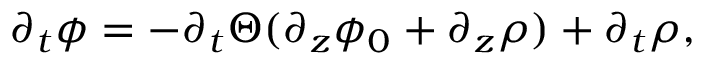
\partial _ { t } \phi = - \partial _ { t } \Theta ( \partial _ { z } \phi _ { 0 } + \partial _ { z } \rho ) + \partial _ { t } \rho ,